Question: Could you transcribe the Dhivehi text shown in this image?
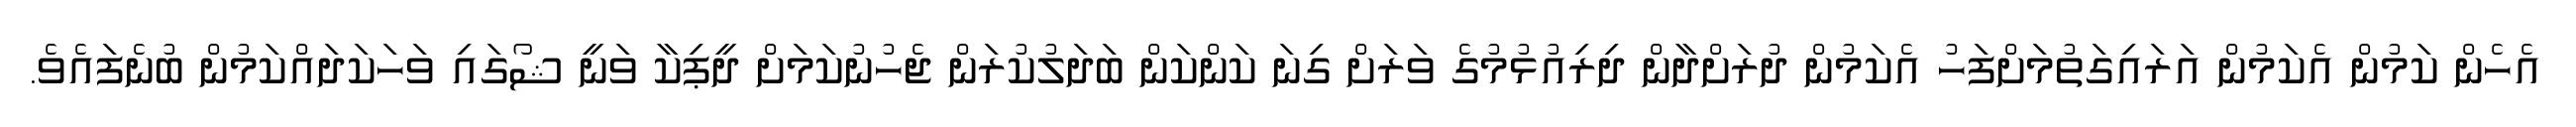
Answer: އެހެން ކަމުން އެކަމުން އަރައިގަތުމަށްފަހު އެކަމުން ދުރަށްދާން ދިރިއުޅުމުގެ ވަރަށް ގިނަ ކަންކަން ބަދަލުކުރަން ޖެހުނުކަމަށް ދީޕިކާ ވަނީ ޝޯގައި ވަހަކަދައްކަމުން ބުނެފައެވެ.